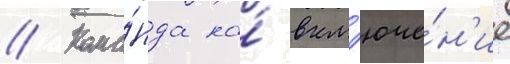
// Кома́нда на́ вкл'юче́н'ие